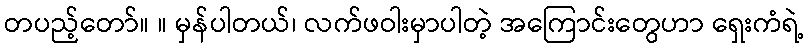
တပည့်တော်။ ။ မှန်ပါတယ်၊ လက်ဖဝါးမှာပါတဲ့ အကြောင်းတွေဟာ ရှေးကံရဲ့